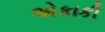
એકાકી